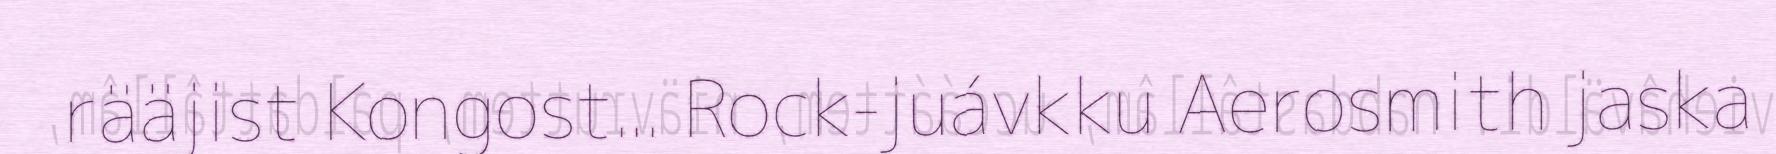
rääjist Kongost... Rock-juávkku Aerosmith jaska